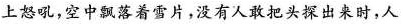
上怒吼，空中飘落着雪片，没有人敢把头探出来时，人